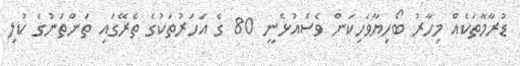
ޑުރާމާތަކެއް މިހާރު ބޯހިޔާވަހިކަން ވެސްއުޅެނީ 80 ގެ އަހަރުތަކުގެ ތެރޭގައި ތަންތަނުގެ ކުލި